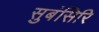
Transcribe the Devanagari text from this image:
सुबंसिरि